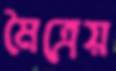
মৈত্রেয়